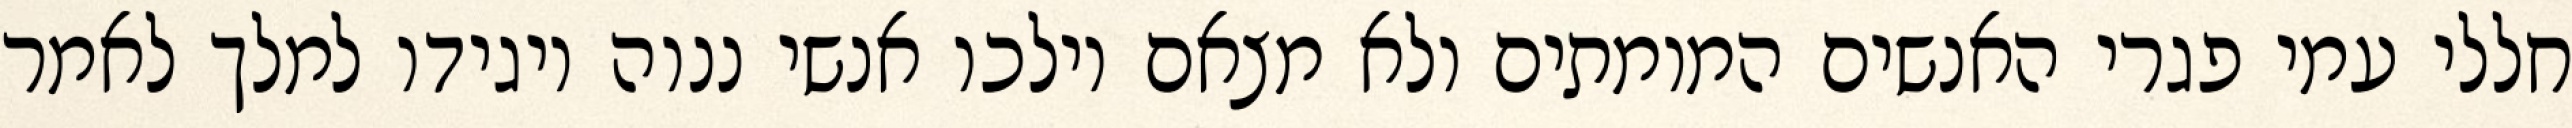
חללי עמי פגרי האנשים המומתים ולא מצאם וילכו אנשי ננוה ויגידו למלך לאמר